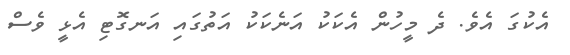
އެކުގަ އެވެ. ދެ މީހުން އެކަކު އަނެކަކު އަތުގައި އަނގޮޓި އެޅީ ވެސް